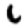
Digit: 6